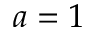
a = 1